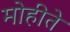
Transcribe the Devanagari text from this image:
मोहीते